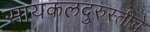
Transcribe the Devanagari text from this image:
सायकलदुरुस्तीचे